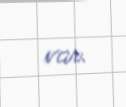
var.